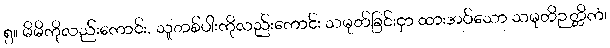
၅။ မိမိကိုလည်းကောင်း, သူတစ်ပါးကိုလည်းကောင်း သမုတ်ခြင်းငှာ ထားအပ်သော သမုတိဉတ္တိကံ၊